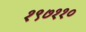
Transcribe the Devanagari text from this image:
१९७११०